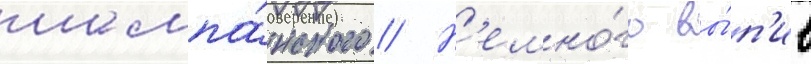
шампа́нского // Н'емно́го вы́п'ив